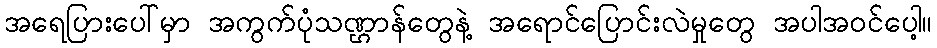
အရေပြားပေါ်မှာ အကွက်ပုံသဏ္ဌာန်တွေနဲ့ အရောင်ပြောင်းလဲမှုတွေ အပါအဝင်ပေါ့။